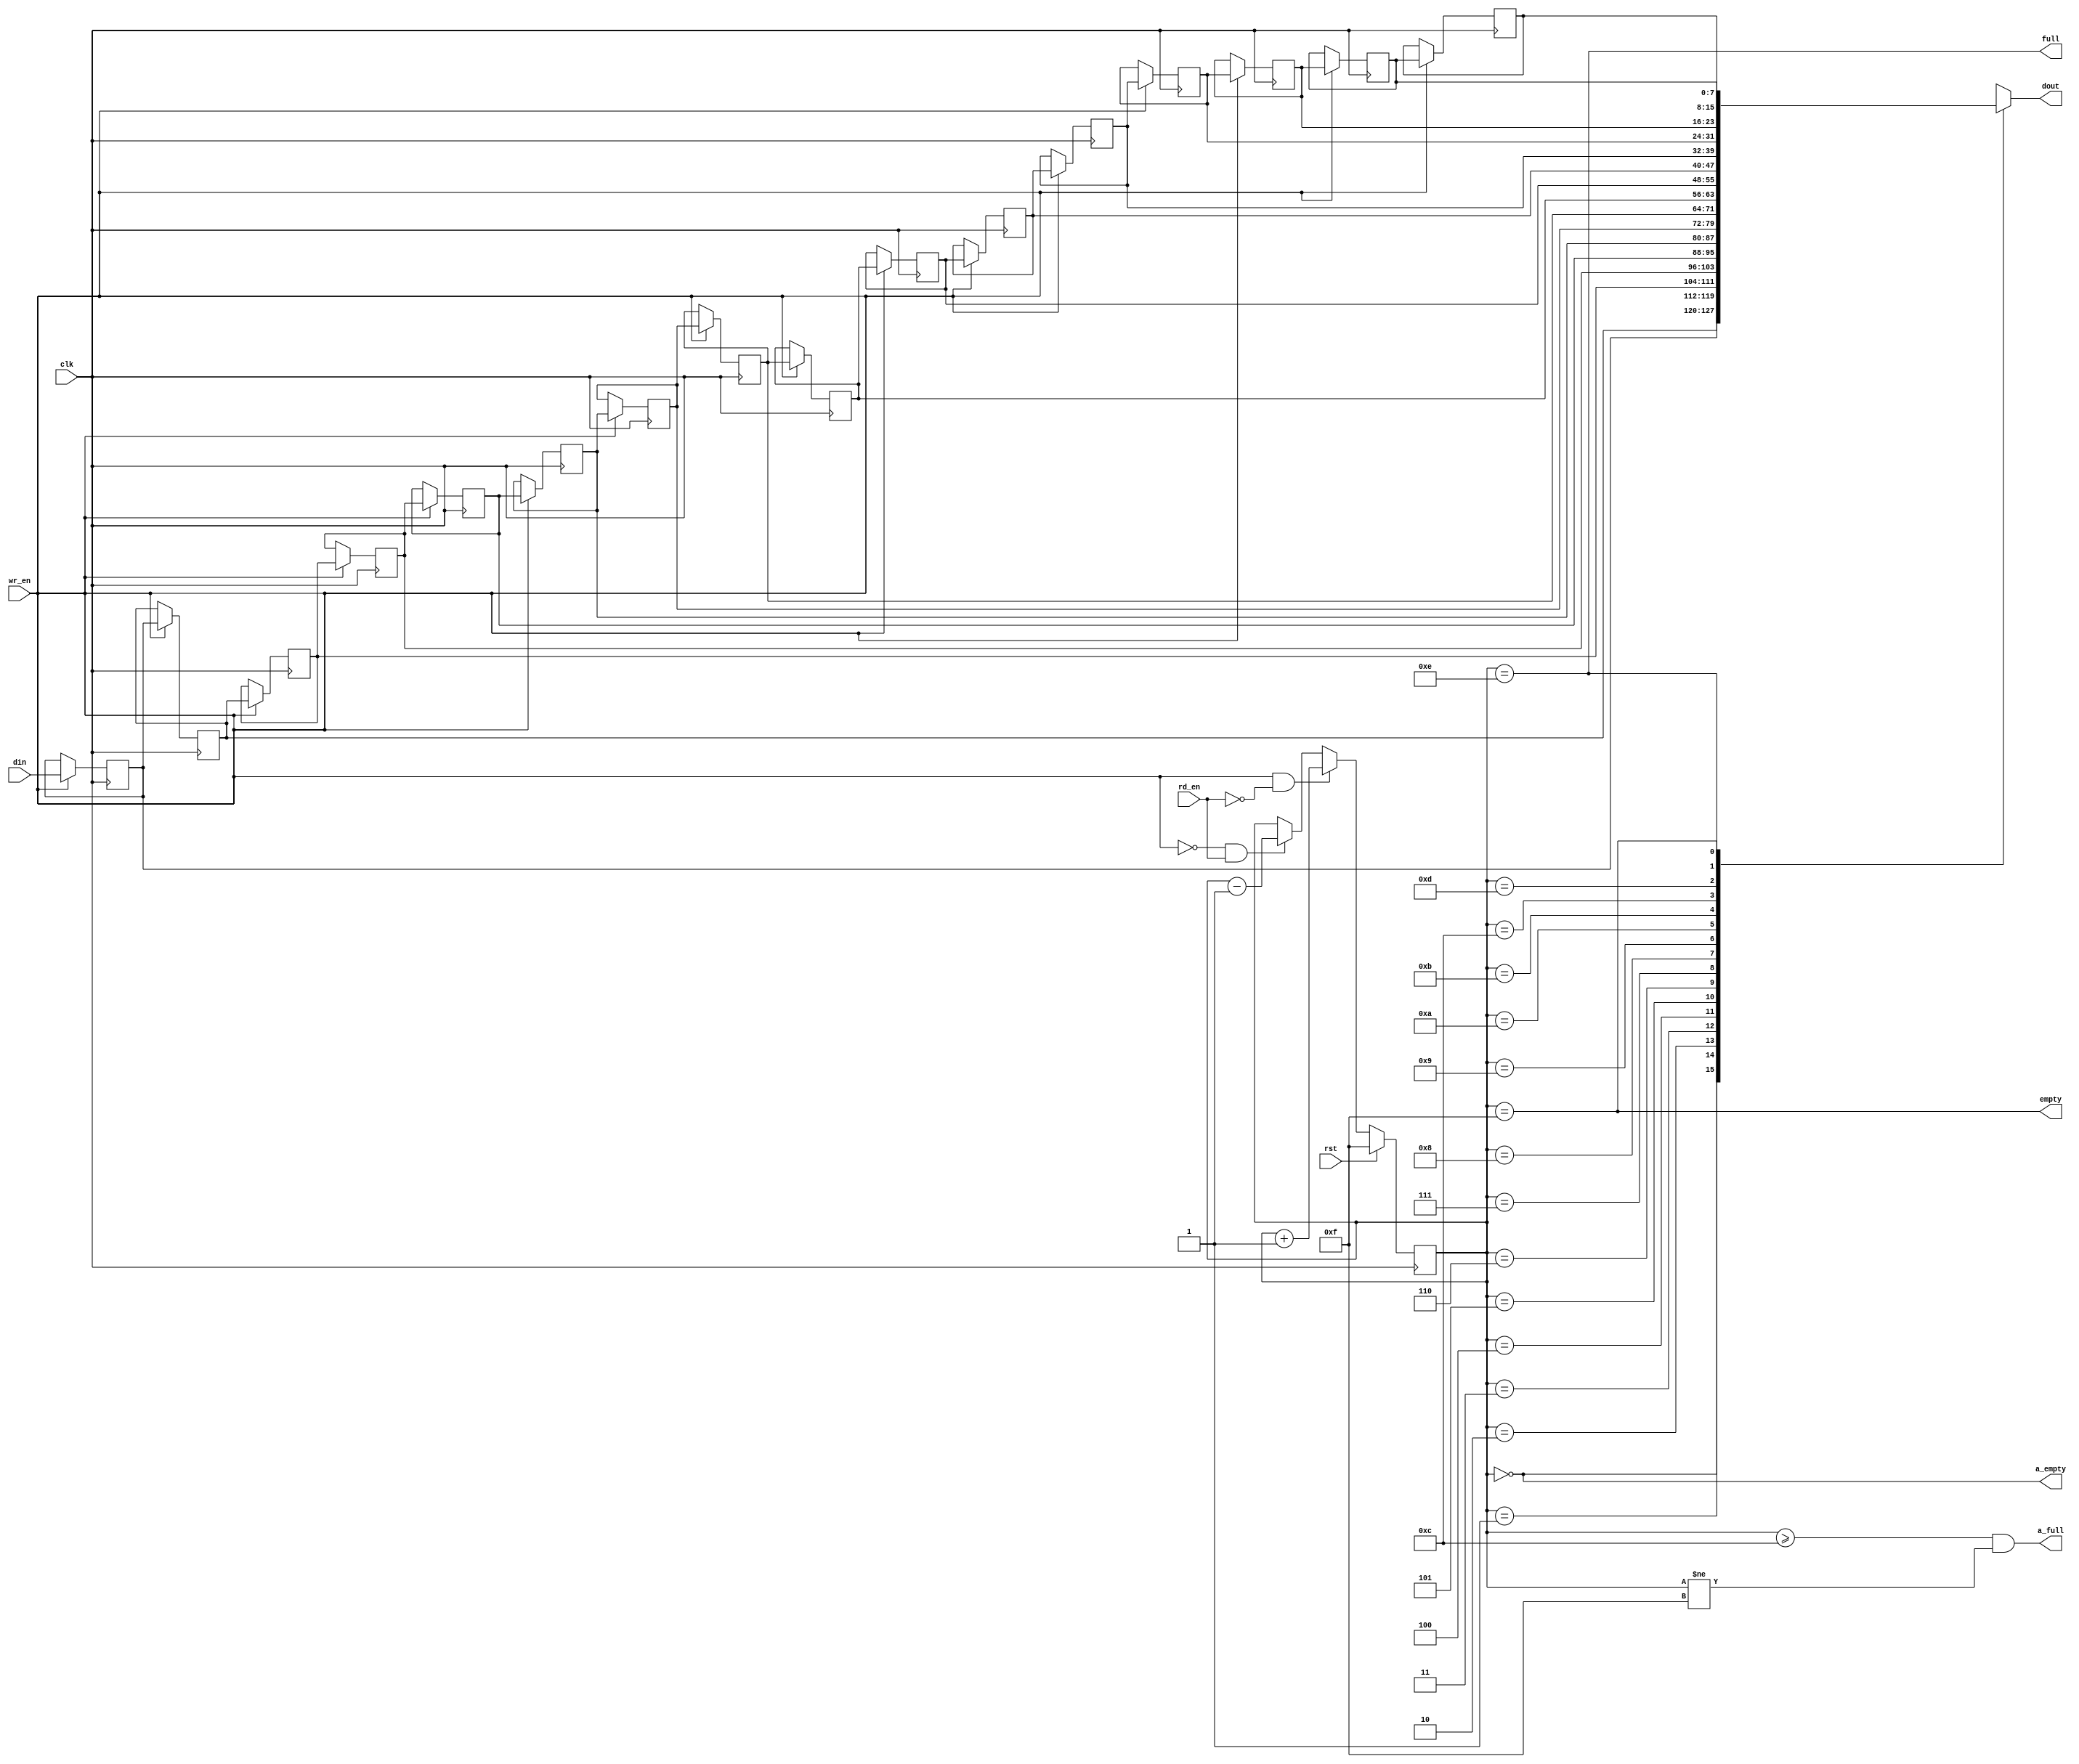
module mig_7series_v2_3_axi_mc_simple_fifo #
(
  parameter C_WIDTH  = 8,
  parameter C_AWIDTH = 4,
  parameter C_DEPTH  = 16
)
(
  input  wire               clk,       // Main System Clock  (Sync FIFO)
  input  wire               rst,       // FIFO Counter Reset (Clk
  input  wire               wr_en,     // FIFO Write Enable  (Clk)
  input  wire               rd_en,     // FIFO Read Enable   (Clk)
  input  wire [C_WIDTH-1:0] din,       // FIFO Data Input    (Clk)
  output wire [C_WIDTH-1:0] dout,      // FIFO Data Output   (Clk)
  output wire               a_full,
  output wire               full,      // FIFO FULL Status   (Clk)
  output wire               a_empty,
  output wire               empty      // FIFO EMPTY Status  (Clk)
);

///////////////////////////////////////
// FIFO Local Parameters
///////////////////////////////////////
localparam [C_AWIDTH-1:0] C_EMPTY = ~(0);
localparam [C_AWIDTH-1:0] C_EMPTY_PRE =  (0);
localparam [C_AWIDTH-1:0] C_FULL  = C_EMPTY-1;
localparam [C_AWIDTH-1:0] C_FULL_PRE  = (C_DEPTH < 8) ? C_FULL-1 : C_FULL-(C_DEPTH/8);
 
///////////////////////////////////////
// FIFO Internal Signals
///////////////////////////////////////
reg [C_WIDTH-1:0]  memory [C_DEPTH-1:0];
reg [C_AWIDTH-1:0] cnt_read;


///////////////////////////////////////
// Main simple FIFO Array
///////////////////////////////////////
always @(posedge clk) begin : BLKSRL
integer i;
  if (wr_en) begin
    for (i = 0; i < C_DEPTH-1; i = i + 1) begin
      memory[i+1] <= memory[i];
    end
    memory[0] <= din;
  end
end

///////////////////////////////////////
// Read Index Counter
// Up/Down Counter
//  *** Notice that there is no ***
//  *** OVERRUN protection.     ***
///////////////////////////////////////
always @(posedge clk) begin
  if (rst) cnt_read <= C_EMPTY;
  else if ( wr_en & !rd_en) cnt_read <= cnt_read + 1'b1;
  else if (!wr_en &  rd_en) cnt_read <= cnt_read - 1'b1;
end

///////////////////////////////////////
// Status Flags / Outputs
// These could be registered, but would
// increase logic in order to pre-decode
// FULL/EMPTY status.
///////////////////////////////////////
assign full  = (cnt_read == C_FULL);
assign empty = (cnt_read == C_EMPTY);
assign a_full  = ((cnt_read >= C_FULL_PRE) && (cnt_read != C_EMPTY));
assign a_empty = (cnt_read == C_EMPTY_PRE);

assign dout  = (C_DEPTH == 1) ? memory[0] : memory[cnt_read];

endmodule